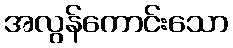
အလွန်ကောင်းသော